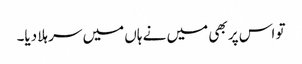
تو اس پر بھی میں نے ہاں میں سر ہلا دیا۔